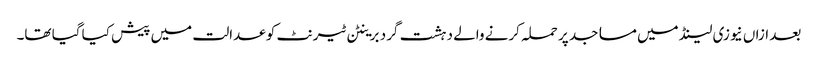
بعد ازاں نیوزی لینڈ میں مساجد پر حملہ کرنے والے دہشت گرد برینٹن ٹیرنٹ کو عدالت میں پیش کیا گیا تھا۔